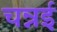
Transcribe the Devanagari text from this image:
चन्नई